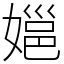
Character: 㜉